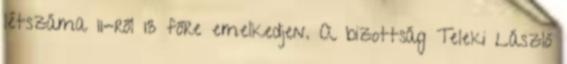
létszáma 11-ről 13 főre emelkedjen. A bizottság Teleki László